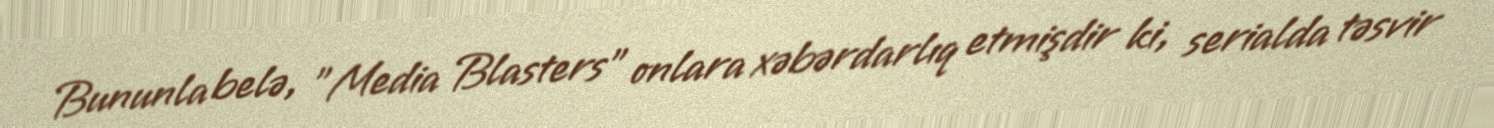
Bununla belə, "Media Blasters" onlara xəbərdarlıq etmişdir ki, serialda təsvir